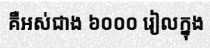
គឺអស់ជាង ៦០០០ រៀលក្នុង